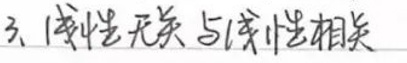
3. 独立性无关与线性相关